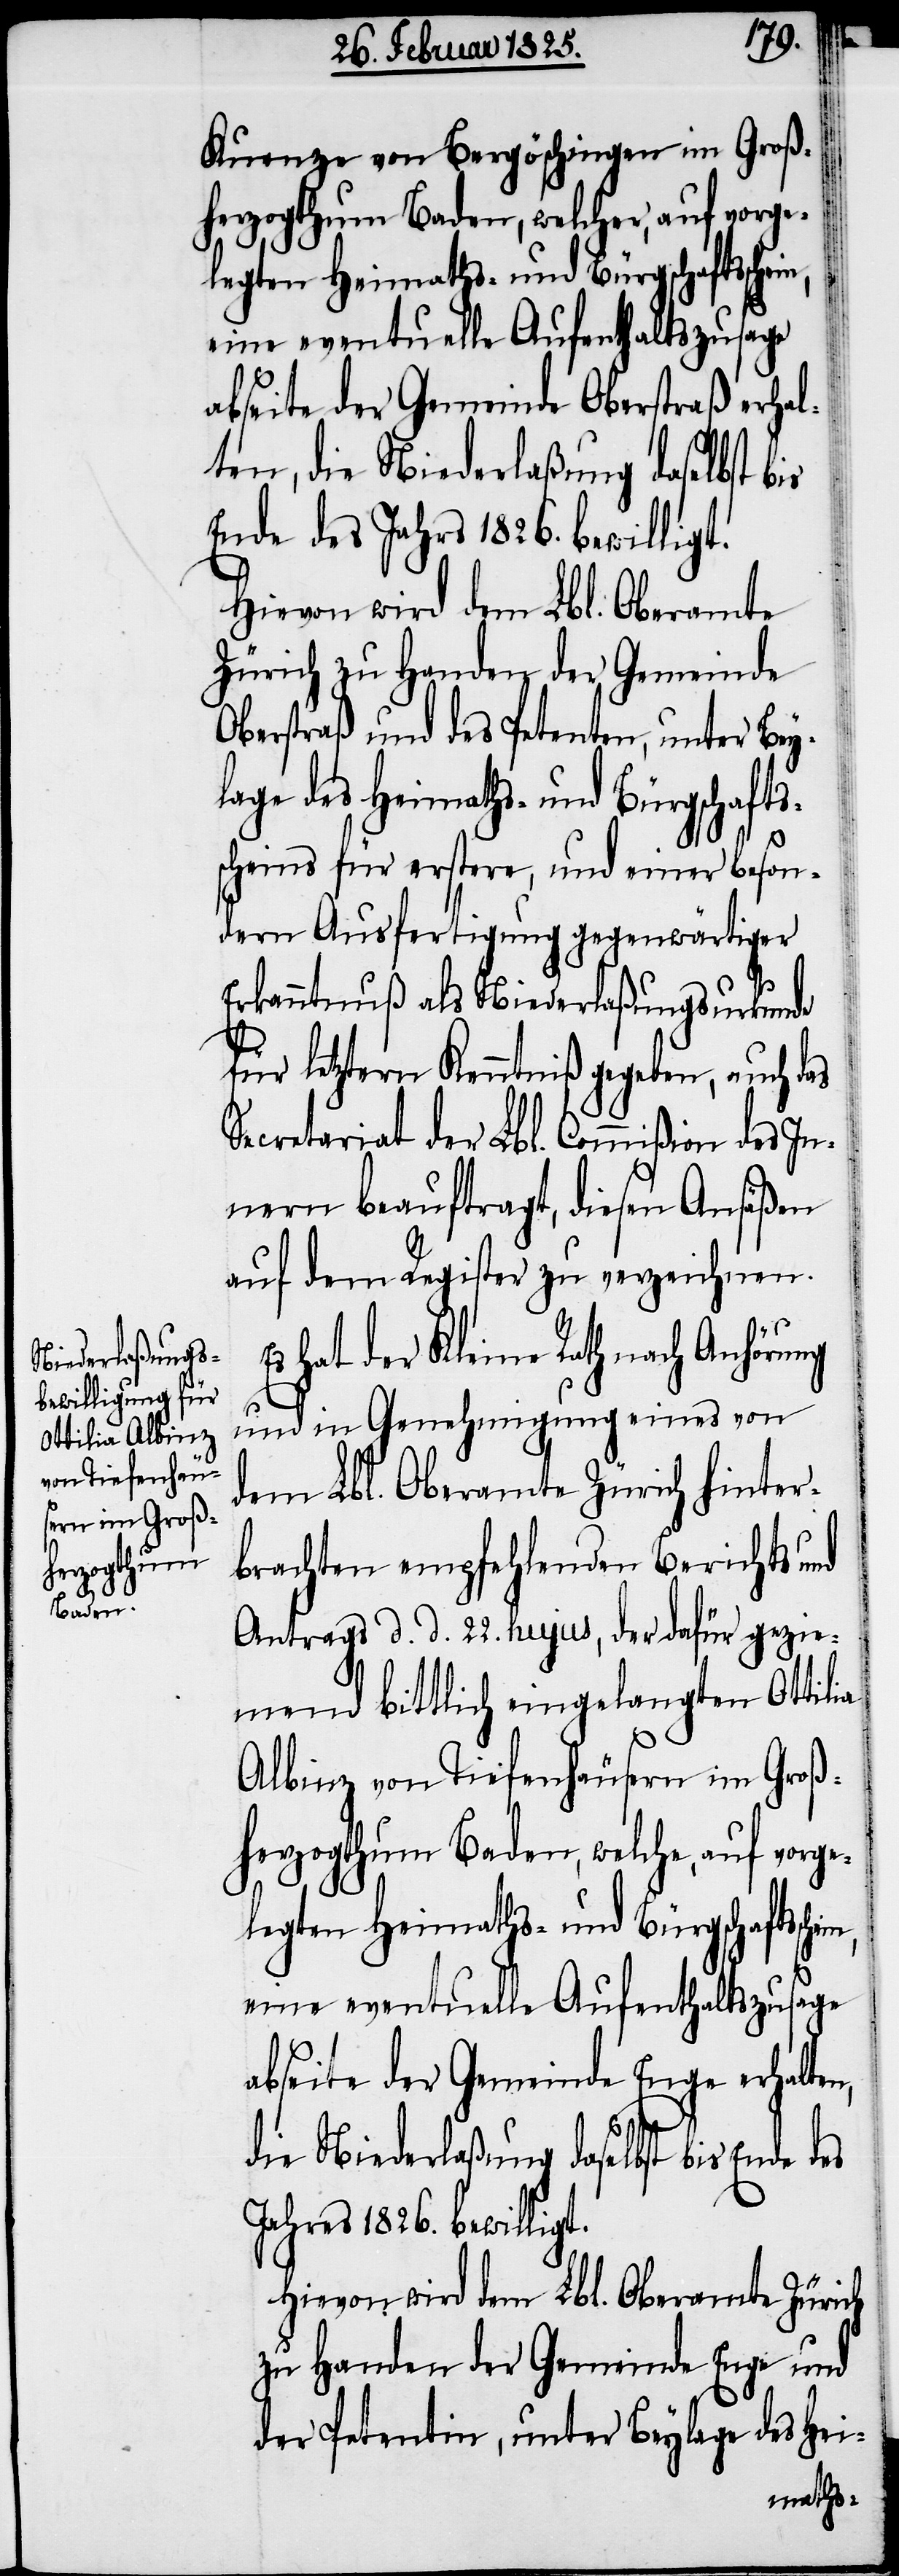
gt.
Kuenze von Bergöschingen im Groß¬
herzogthum Baden, welcher, auf vorge¬
legten Heimaths- und Bürgschaftssche¬
eine eventuelle Aufenthaltszusage
abseite der Gemeinde Oberstraß erhal¬
ten, die Niederlaßung daselbst
Ende des Jahrs 1826. bewillli¬
Hievon wird dem Lbl. Oberamte
Zürich zu Handen der Gemeinde
Oberstraß und des Petenten, unter Bey¬
lage des Heimaths- und Bürgschafts¬
scheins für erstere, und einer beson¬
dern Ausfertigung gegenwärtiger
Erkanntnuß als Niederlaßungsurkunde
für letztern Kenntniß gegeben, auch das
Secretariat der Lbl. Commißion des In¬
nern beauftragt, diesen Ansäßen
auf dem Register zu verzeichnen.
hat der Kleine Rath nach Anhörung
und in Genehmigung eines von
dem Lbl. Oberamte Zürich hinter¬
brachten empfehlenden Berichts und
Antrags d. d. 22. hujus, der dafür gezie¬
mend bittlich eingelangten Ottilia
Albinz von Tiefenhäusern im Groß¬
herzogthum Baden, welche, auf vorge¬
eine eventuelle Aufenthaltszusage
abseite der Gemeinde Enge erhalten,
die Niederlaßung daselbst bis Ende des
Jahres 1826. bewilligt.
Hievon wird dem Lbl. Oberamte Zürich
zu Handen der Gemeinde Enge und
der Petentin, unter Beylage des Hei-

in,